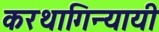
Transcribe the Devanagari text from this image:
करथागिन्यायी